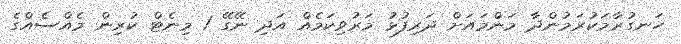
ހަނގުރާމަކުރަމުންދާ މަންމައަށް ދަރިފުޅު މަރުވިކަމެއް އަދި ނޭގޭ 1 މިނެޓް ކުރިން މެއްސެއްގެ